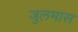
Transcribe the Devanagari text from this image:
जुलमास